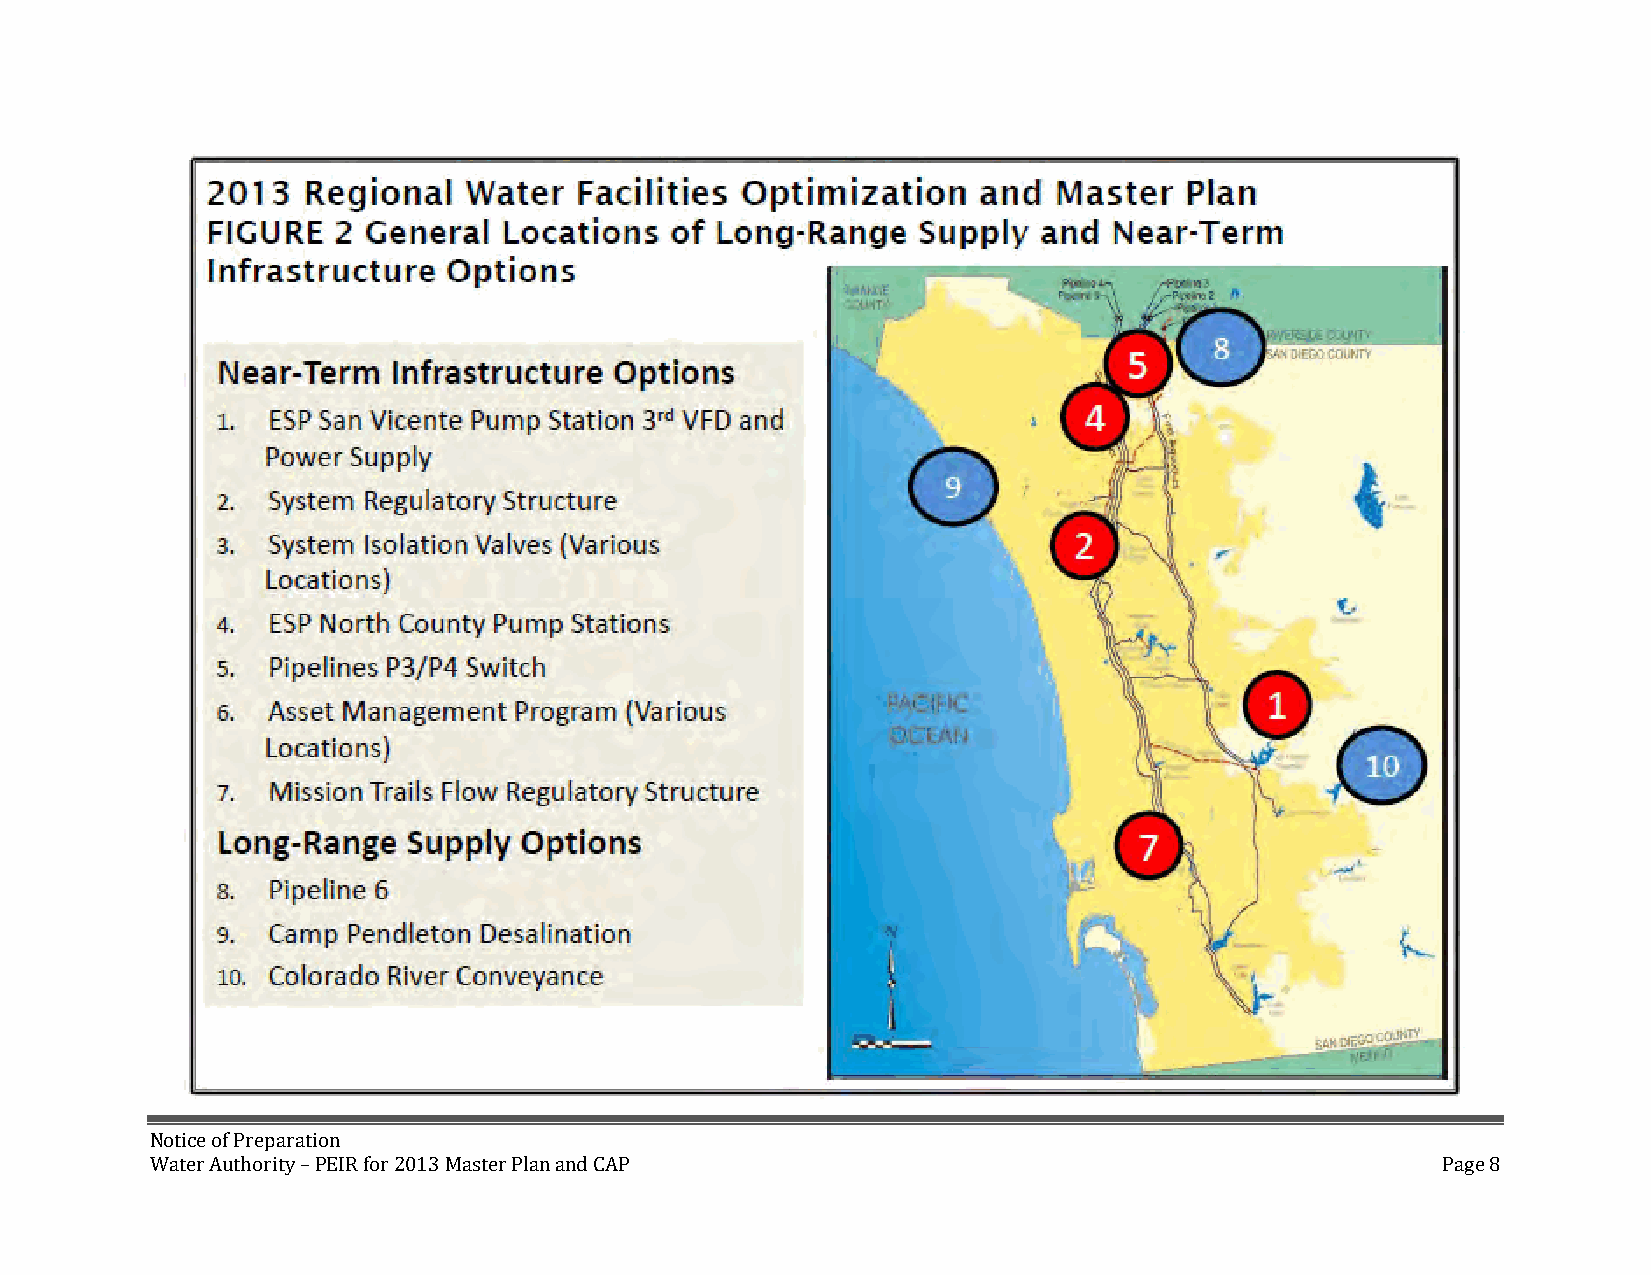
Notice of Preparation
 Water Authority – PEIR for 2013 Master Plan and CAP                                  Page 8